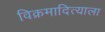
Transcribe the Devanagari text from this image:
विक्रमादित्याला